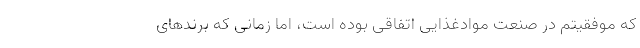
که موفقیتم در صنعت موادغذایی اتفاقی بوده است، اما زمانی که برند‌های